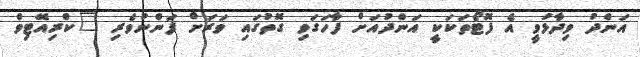
އަންދު ވިދާޅުވީ އެ ފޮޓޯތަކަކީ އަންދުއަށް ފާހަގަވި ގޮތުގައި ވަރަށް ފަންނުވެރި "ކްރިއޭޓިވް